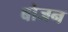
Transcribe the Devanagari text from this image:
बोजन